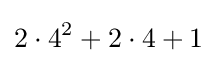
2\cdot 4^{2}+2\cdot 4+1